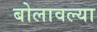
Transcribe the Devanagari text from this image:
बोलावल्या